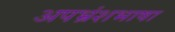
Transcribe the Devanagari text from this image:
अपभ्रंशभाषा